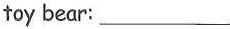
toy bear: ___